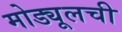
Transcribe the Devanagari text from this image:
मोड्यूलची